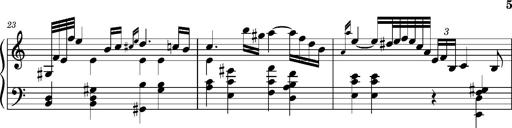
Title: Ungarischer Romanzero
Composer: Franz Liszt